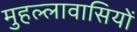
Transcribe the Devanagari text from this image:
मुहल्लावासियों